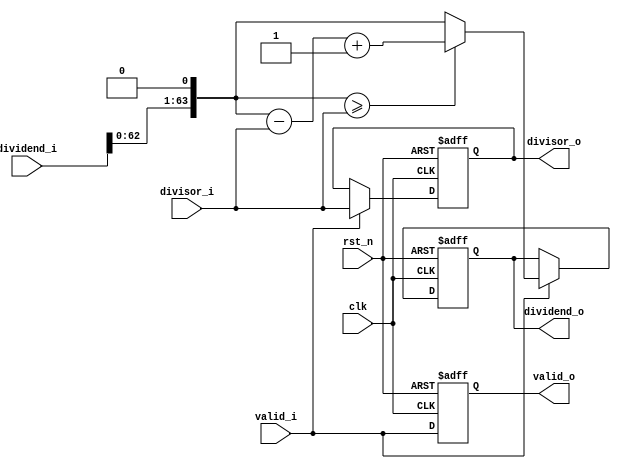
//-----------------------------------------------------------------------
// Description :
// Notes       :
//-----------------------------------------------------------------------
// Revision    : v0.1
//-----------------------------------------------------------------------

module PIPE_DIV_CELL
#(
    parameter DEND_W                        = 32           ,
    parameter SOR_W                         = 32
)
(
    //reset and clock
    input   wire                            rst_n           ,
    input   wire                            clk             ,

    //in
    input   wire                            valid_i         ,
    input   wire    [DEND_W+SOR_W-1:0]      dividend_i      ,//dividend from last cell
    input   wire    [DEND_W+SOR_W-1:0]      divisor_i       ,//divisor from last cell

    //out
    output  reg                             valid_o         ,
    output  reg     [DEND_W+SOR_W-1:0]      dividend_o      ,
    output  reg     [DEND_W+SOR_W-1:0]      divisor_o       
);

always @ ( posedge clk or negedge rst_n ) begin
    if ( ~rst_n )
        valid_o <= 1'd0;

    else
        valid_o <= valid_i;
end

wire    [DEND_W+SOR_W-1:0]      w_dividend_shift;
assign w_dividend_shift = {dividend_i[DEND_W+SOR_W-2:0], 1'd0};

always @ ( posedge clk or negedge rst_n ) begin
    if ( ~rst_n )begin
        dividend_o <= 'd0;
        divisor_o  <= 'd0;
    end
    else if ( valid_i ) begin
        dividend_o <= ( w_dividend_shift >= divisor_i ) ? ( w_dividend_shift - divisor_i + 1'd1 ) : w_dividend_shift;
        divisor_o  <= divisor_i;
    end
end

endmodule